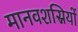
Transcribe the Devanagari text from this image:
मानवशस्रियों